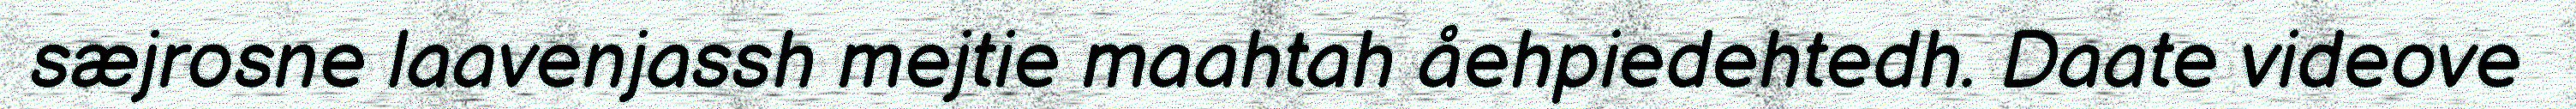
sæjrosne laavenjassh mejtie maahtah åehpiedehtedh. Daate videove